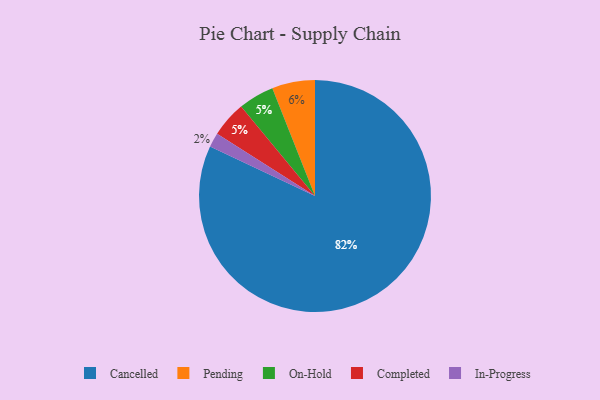
{"axis": {"x": "Category", "y": "Percentage"}, "legend": ["Cancelled", "Completed", "In-Progress", "On-Hold", "Pending"], "data": [{"x": "On-Hold", "y": 5, "type": "On-Hold"}, {"x": "Pending", "y": 6, "type": "Pending"}, {"x": "Cancelled", "y": 82, "type": "Cancelled"}, {"x": "In-Progress", "y": 2, "type": "In-Progress"}, {"x": "Completed", "y": 5, "type": "Completed"}]}